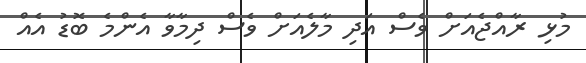
މުޅި ރާއްޖެއަށް ވެސް އަދި މާލެއަށް ވެސް ދިމާވާ އެންމެ ބޮޑު އެއް